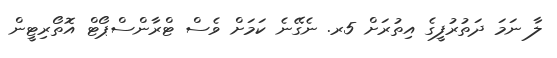
ލާ ނަމަ ދަތުރުފީގެ އިތުރަށް 5ރ. ނެގޭނެ ކަމަށް ވެސް ޓްރާންސްޕޯޓް އޮތޯރިޓީން